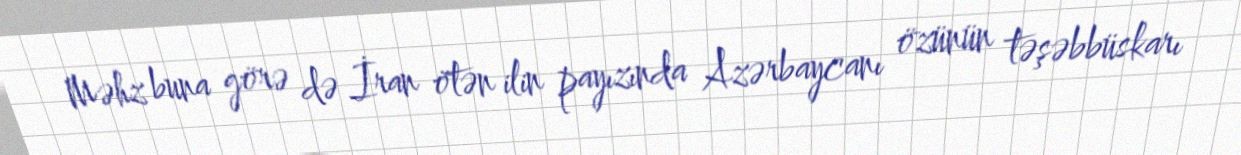
Məhz buna görə də İran ötən ilin payızında Azərbaycanı özünün təşəbbüskarı